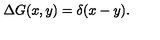
\Delta G ( x , y ) = \delta ( x - y ) .